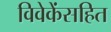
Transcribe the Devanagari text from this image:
विवेकेंसहित